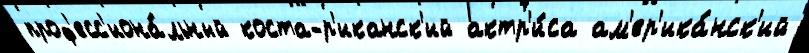
проф'есс'иона́льный коста-р'иканск'ий актр'и́са ам'ер'ика́нск'ий